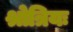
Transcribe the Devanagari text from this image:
श्रोत्रियः